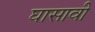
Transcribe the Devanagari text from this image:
घासावी